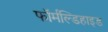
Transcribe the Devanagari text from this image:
फॉर्मल्डिहाइड